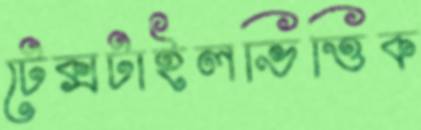
টেক্সটাইলভিত্তিক